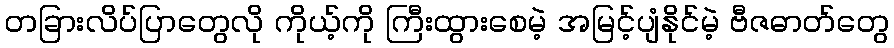
တခြားလိပ်ပြာတွေလို ကိုယ့်ကို ကြီးထွားစေမဲ့ အမြင့်ပျံနိုင်မဲ့ ဗီဇဓာတ်တွေ